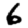
Digit: 6